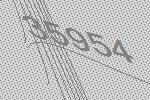
35954